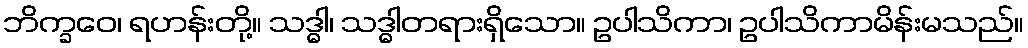
ဘိက္ခဝေ၊ ရဟန်းတို့။ သဒ္ဓါ၊ သဒ္ဓါတရားရှိသော။ ဥပါသိကာ၊ ဥပါသိကာမိန်းမသည်။